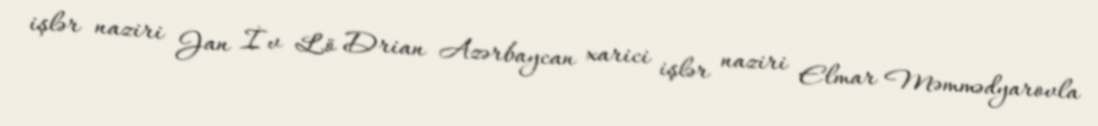
işlər naziri Jan İv Lö Drian Azərbaycan xarici işlər naziri Elmar Məmmədyarovla